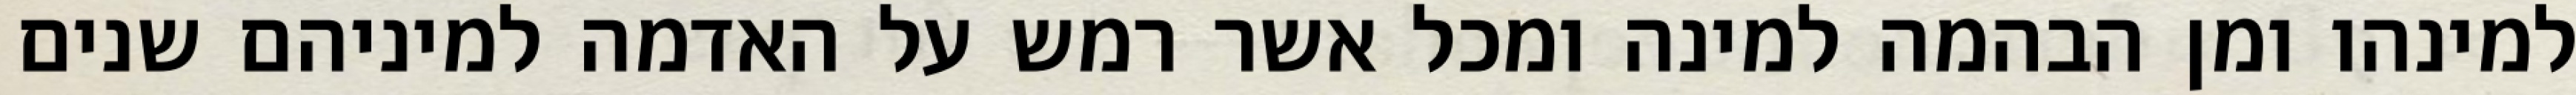
למינהו ומן הבהמה למינה ומכל אשר רמש על האדמה למיניהם שנים